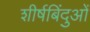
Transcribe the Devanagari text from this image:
शीर्षबिंदुओं